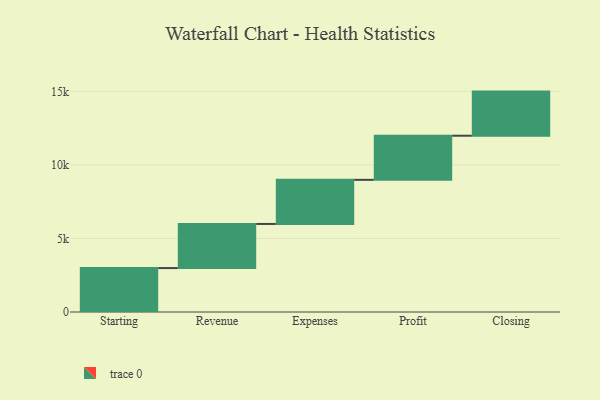
{"axis": {"x": "Step", "y": "Value"}, "legend": [""], "data": [{"x": "Starting", "y": 2986.0, "type": ""}, {"x": "Revenue", "y": 3000, "type": ""}, {"x": "Expenses", "y": 3000, "type": ""}, {"x": "Profit", "y": 3000, "type": ""}, {"x": "Closing", "y": 3000, "type": ""}]}